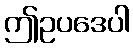
ဤဥပဒေပါ